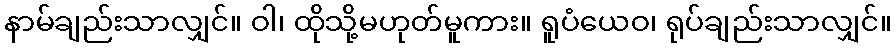
နာမ်ချည်းသာလျှင်။ ဝါ၊ ထိုသို့မဟုတ်မူကား။ ရူပံယေဝ၊ ရုပ်ချည်းသာလျှင်။